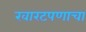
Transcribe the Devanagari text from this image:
खारटपणाचा